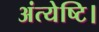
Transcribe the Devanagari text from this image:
अंत्येष्टि।